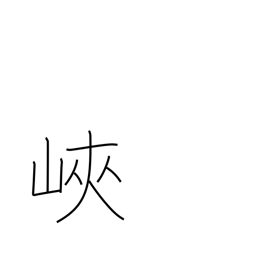
Meaning: isthmus